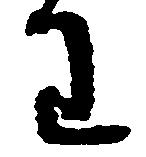
わ